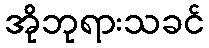
အိုဘုရားသခင်